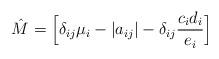
LaTeX: \begin{align*}\hat{M}=\Big[\delta_{ij} \mu_i-|a_{ij}|-\delta_{ij}\frac{c_i d_i}{e_i}\Big]\end{align*}